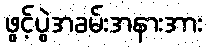
ဖွင့်ပွဲအခမ်းအနားအား